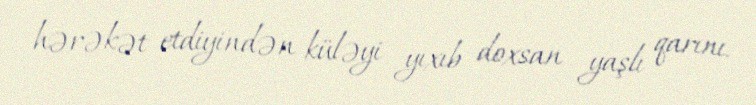
hərəkət etdiyindən küləyi yıxıb doxsan yaşlı qarını.